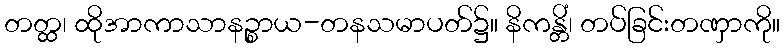
တတ္ထ၊ ထိုအာကာသာနဉ္စာယ-တနသမာပတ်၌။ နိကန္တိံ၊ တပ်ခြင်းတဏှာကို။